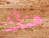
هناك